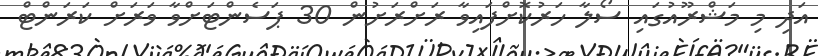
އަދި މި މަޝްރޫއުގައި ސޯލާ ހަރުކޮށްފައިވާ ރަށްރަށުން 30 ޕަސެންޓަށްވާ ވަރަށް ކަރަންޓް